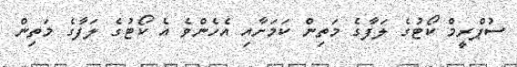
ސުޕްރީމް ކޯޓުގެ ލަފާގެ މަތިން ކަމަށާއި އެހެންވެ އެ ކޯޓުގެ ލަފާގެ މަތިން